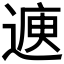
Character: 𮞳